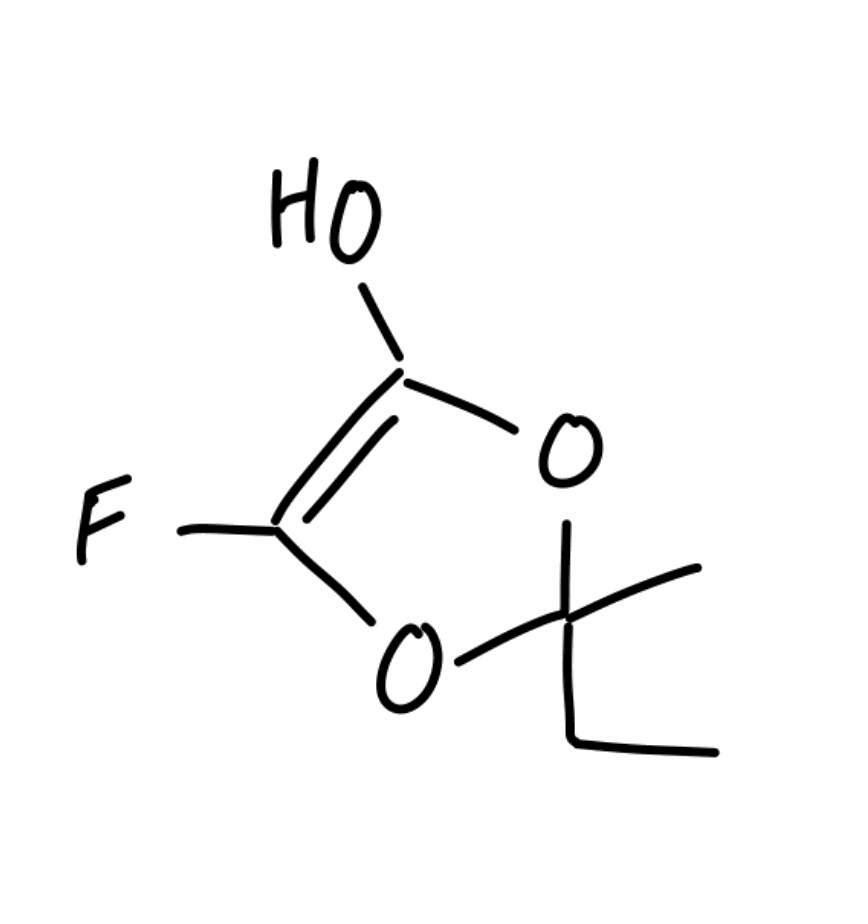
Simplified molecular-input line-entry system (SMILES) notation of the given molecule:
CCC1(OC(=C(O1)F)O)C